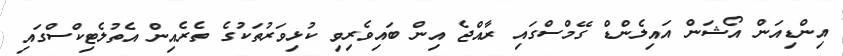
އިންޑިއަން އޯޝަން އައިލެންޑް ގޭމްސްގައި ރާއްޖެ އިން ބައިވެރިވި ކުޅިވަރުތަކުގެ ތެރެއިން އެތުލެޓިކްސްގައި